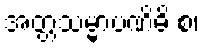
အတ္တသမ္မာပဏိဓိ စ၊